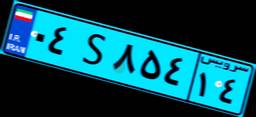
۹۰S۳۹۵۷۹